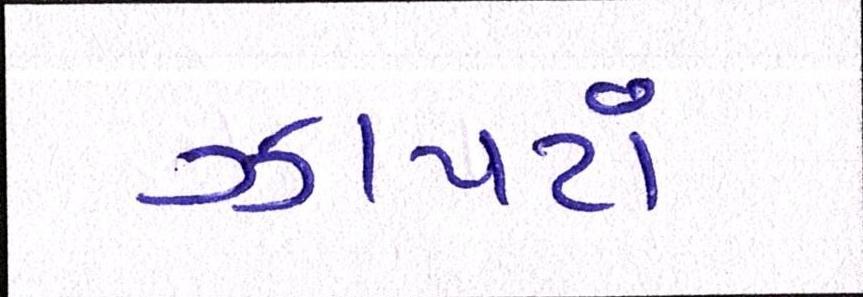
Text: ઝાપટાં